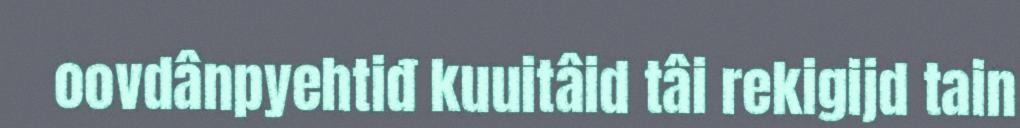
oovdânpyehtiđ kuuitâid tâi rekigijd tain